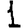
Digit: 1